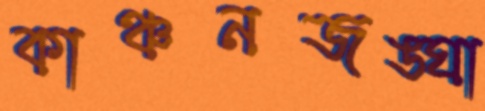
কাঞ্চনজঙ্ঘা